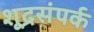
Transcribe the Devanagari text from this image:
शूद्रसंपर्क